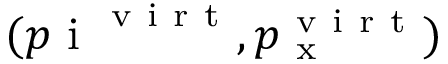
( p \mathrm { ~ i ~ } ^ { \mathrm { ~ v ~ i ~ r ~ t ~ } } , p _ { \mathrm { ~ x ~ } } ^ { \mathrm { ~ v ~ i ~ r ~ t ~ } } )